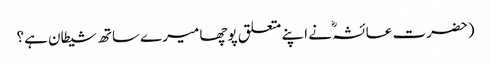
(حضرت عائشہؓ نے اپنے متعلق پوچھا میرے ساتھ شیطان ہے؟